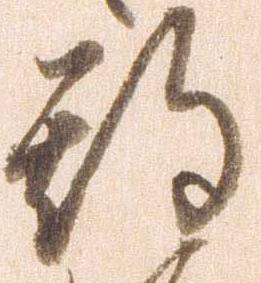
期